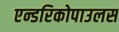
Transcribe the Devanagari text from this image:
एन्डरिकोपाउलस